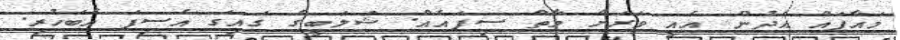
މައާފައް އެދުން އެއީ ވަރަށް މާތް ސިފައެއް. ޝަލަބީގެ ގައިގަ އެސިފަ އެބަހުރި.